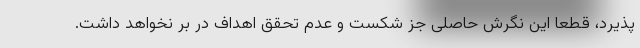
پذیرد، قطعا این نگرش حاصلی جز شکست و عدم تحقق اهداف در بر نخواهد داشت.